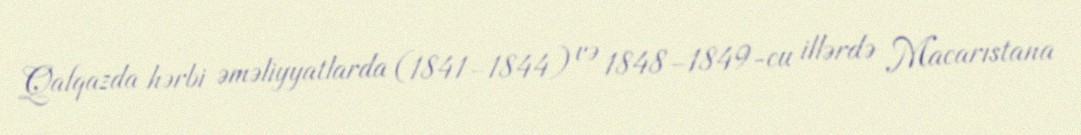
Qafqazda hərbi əməliyyatlarda (1841–1844) və 1848–1849-cu illərdə Macarıstana